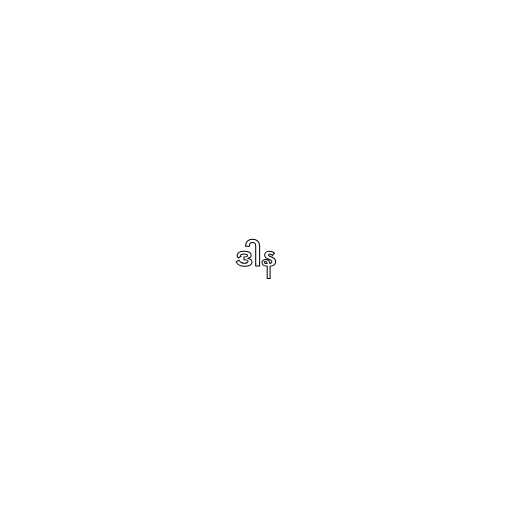
ဒါန